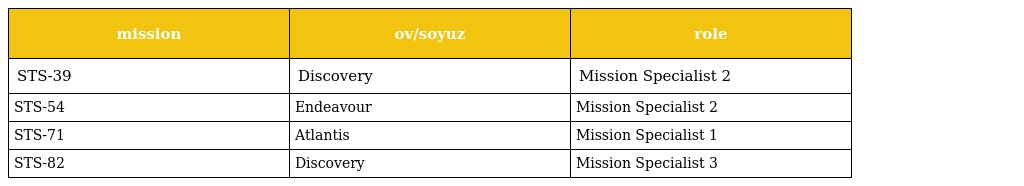
| mission | ov/soyuz | role |
 | --- | --- | --- |
 | STS-39 | Discovery | Mission Specialist 2 |
 | STS-54 | Endeavour | Mission Specialist 2 |
 | STS-71 | Atlantis | Mission Specialist 1 |
 | STS-82 | Discovery | Mission Specialist 3 |